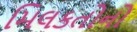
મિલકતોનો